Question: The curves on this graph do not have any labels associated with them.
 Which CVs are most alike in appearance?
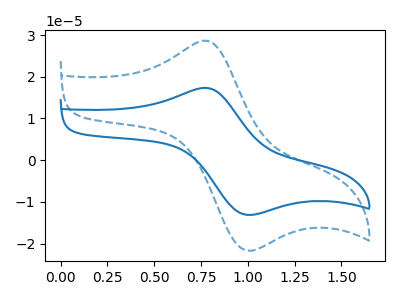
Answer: <think>The blue curve "blue" has an anodic peak at (0.75V, 17.35uA) and a cathodic peak at (1.00V, -13.00uA). The blue dashed curve "blue dashed" has an anodic peak at (0.75V, 28.65uA) and a cathodic peak at (1.00V, -21.50uA).
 All the peaks in "blue" have a peak in "blue dashed" at the same potential. Every peak in "blue" is lower than every peak in "blue dashed".</think>
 <answer>"blue dashed" and "blue" have the same shape and are likely CV's of the same chemical.</answer>
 <eval>"blue dashed" "blue"</eval>